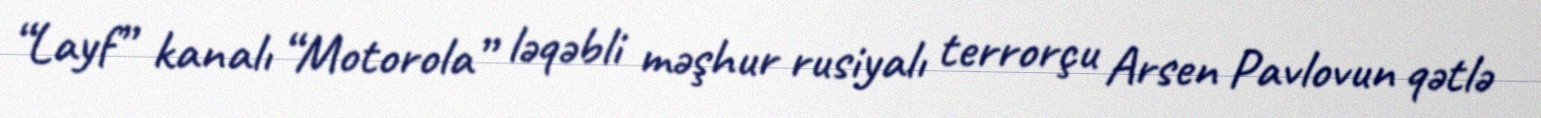
“Layf” kanalı “Motorola” ləqəbli məşhur rusiyalı terrorçu Arsen Pavlovun qətlə